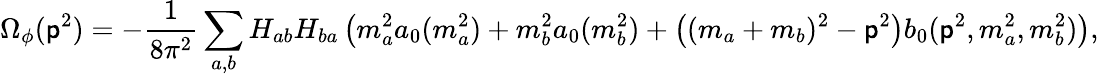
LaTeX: \Omega_{\phi}(\mathsf{p}^{2})=-\frac{{1}}{{8\pi^{2}}}\sum_{a,b}H_{ab}H_{ba}\left(m_{a}^{2}a_{0}(m_{a}^{2})+m_{b}^{2}a_{0}(m_{b}^{2})+\left((m_{a}+m_{b})^{2}-\mathsf{p}^{2}\right)b_{0}(\mathsf{p}^{2},m_{a}^{2},m_{b}^{2})\right),